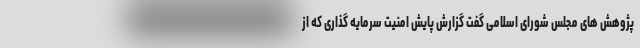
پژوهش های مجلس شورای اسلامی گفت گزارش پایش امنیت سرمایه گذاری که از